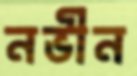
নভীন